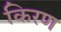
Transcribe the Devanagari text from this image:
किरण